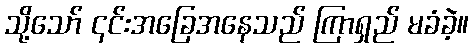
သို့သော် ၎င်းအခြေအနေသည် ကြာရှည် မခံခဲ့။